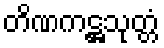
တိဏကဋ္ဌသုတ္တံ